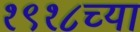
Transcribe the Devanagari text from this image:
१९१८च्या